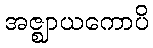
အဇ္ဈာယကောပိ